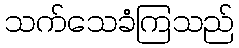
သက်သေခံကြသည်